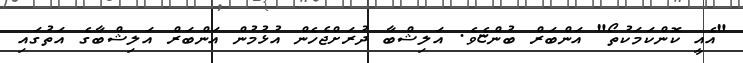
"އެއީ ކޮންކަމަކުތޯ" އަންބަރް ބުންޏެވެ. އަލިޝްބާ ދުރަށްޖެހެން އުޅުމުން އަންބަރް އަލިޝްބާގެ އަތުގައި